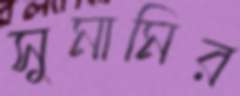
সুমামির